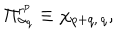
\Pi _ { \alpha _ { q } } ^ { r ^ { p } } \equiv \chi _ { p + q , \, q } ,